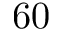
6 0